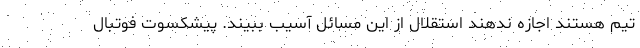
تیم هستند اجازه ندهند استقلال از این مسائل آسیب ببیند. پیشکسوت فوتبال